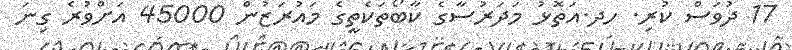
17 ދުވަސް ކުރި. ހދ.އަތޮޅު މަދަރުސާގެ ކާބޯތަކެތީގެ މައުރަޒުން 45000 އަށްވުރެ ގިނަ